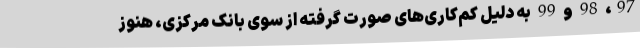
97، 98 و 99 به دلیل کم‌کاری‌های صورت گرفته از سوی بانک مرکزی، هنوز